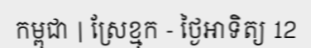
កម្ពុជា | ស្រែខ្មុក - ថ្ងៃអាទិត្យ 12